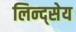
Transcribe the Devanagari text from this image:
लिन्द्सेय